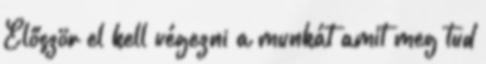
Először el kell végezni a munkát amit meg tud